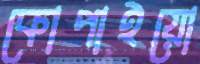
কোপাইয়ো